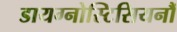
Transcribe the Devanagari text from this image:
डायग्नोस्टिसियनौं